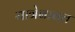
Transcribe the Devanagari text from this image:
यात्रेबाबत